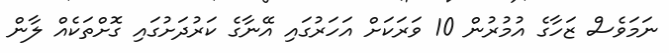
ނަމަވެސް ޒަހާގެ އުމުރުން 10 ވަރަކަށް އަހަރުގައި އޭނާގެ ކަރުދަށުގައި ގޮށްތަކެއް ލާން